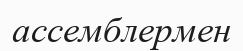
ассемблермен